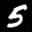
Label: 5